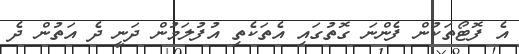
އެ ފޮޓޯތަކުން ފެންނަ ގޮތުގައި އެތަކެތި އުފުލަމުން ދަނީ ދެ އަތުން ދެ